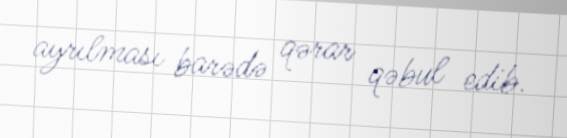
ayrılması barədə qərar qəbul edib.